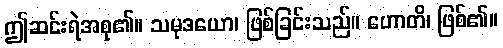
ဤဆင်းရဲအစု၏။ သမုဒယော၊ ဖြစ်ခြင်းသည်။ ဟောတိ၊ ဖြစ်၏။